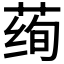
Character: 𱽾